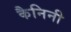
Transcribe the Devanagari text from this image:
कैनिनी